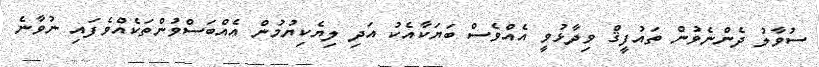
ސުވާލު ދެންނެވުން ތައުފީޤް ވިދާޅުވީ އެއްވެސް ބަޔަކާއެކު އަދި ލިޔެކިޔުމުން އެއްބަސްވުންތަކެއްވެފައި ނުވާނެ